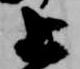
上